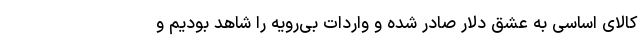
کالای اساسی به عشق دلار صادر شده و واردات بی‌رویه را شاهد بودیم و